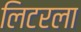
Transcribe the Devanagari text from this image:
लिटरला